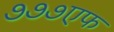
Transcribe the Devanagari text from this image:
७७७एफ